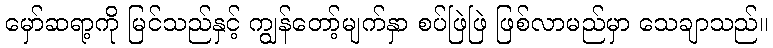
မှော်ဆရာ့ကို မြင်သည်နှင့် ကျွန်တော့်မျက်နှာ စပ်ဖြဲဖြဲ ဖြစ်လာမည်မှာ သေချာသည်။